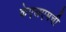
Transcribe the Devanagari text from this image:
केएलएमची